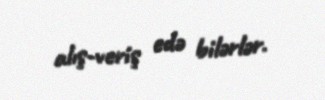
alış-veriş edə bilərlər.